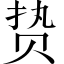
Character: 贽